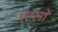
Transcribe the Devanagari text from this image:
एटरनो